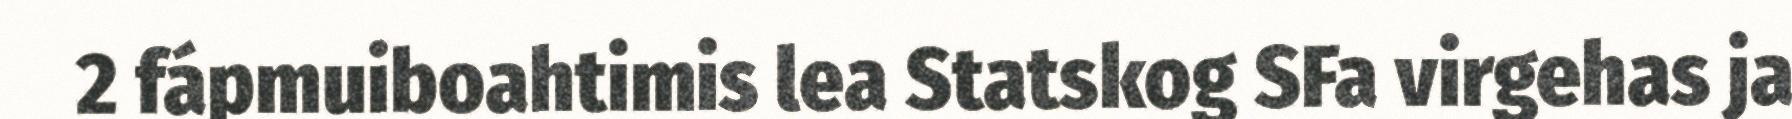
2 fápmuiboahtimis lea Statskog SFa virgehas ja